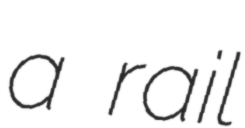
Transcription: a rail